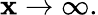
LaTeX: \mathbf{x}\rightarrow\infty.